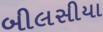
બીલસીયા